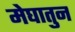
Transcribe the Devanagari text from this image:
मेघातुन